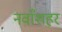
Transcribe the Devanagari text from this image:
नवाँशहर